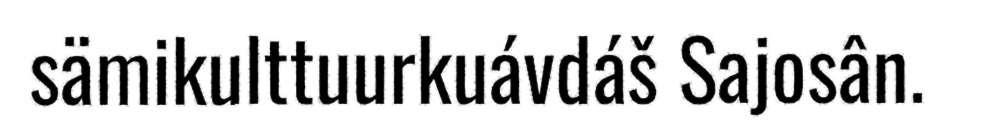
sämikulttuurkuávdáš Sajosân.